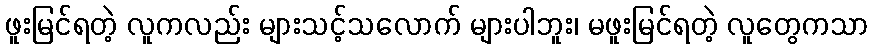
ဖူးမြင်ရတဲ့ လူကလည်း များသင့်သလောက် များပါဘူး၊ မဖူးမြင်ရတဲ့ လူတွေကသာ